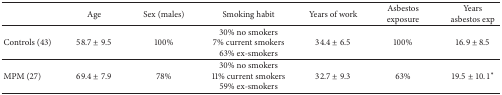
<table><thead><tr><td><b> </b></td><td><b>Age</b></td><td><b>Sex (males)</b></td><td><b>Smoking habit</b></td><td><b>Years of work</b></td><td><b>Asbestos exposure</b></td><td><b>Yearsasbestos exp</b></td></tr></thead><tbody><tr><td>Controls (43)</td><td>58.7 ± 9.5</td><td>100%</td><td>30% no smokers7% current smokers63% ex-smokers</td><td>34.4 ± 6.5</td><td>100%</td><td>16.9 ± 8.5</td></tr><tr><td>MPM (27)</td><td>69.4 ± 7.9</td><td>78%</td><td>30% no smokers11% current smokers59% ex-smokers</td><td>32.7 ± 9.3</td><td>63%</td><td>19.5 ± 10.1<sup><i>∗</i></sup></td></tr></tbody></table>